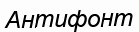
Антифонт